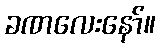
ခဏလေးနော်။